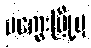
မကွေးမြို့မှ